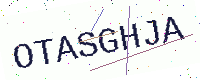
Text: OTASGHJA